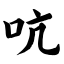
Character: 吭